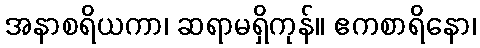
အနာစရိယကာ၊ ဆရာမရှိကုန်။ ဧကစာရိနော၊